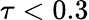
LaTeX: \tau<0.3